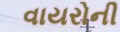
વાયરોની